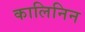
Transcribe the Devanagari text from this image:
कालिनिन